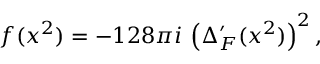
f ( x ^ { 2 } ) = - 1 2 8 \pi i \, \left( \Delta _ { F } ^ { \prime } ( x ^ { 2 } ) \right) ^ { 2 } ,